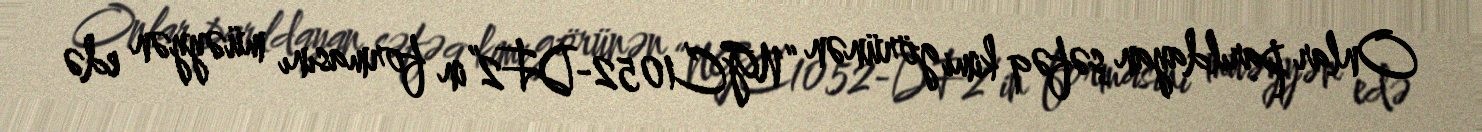
Onlar parıldayan şəfəq kimi görünən “NGC1052-DF2”in formasını müəyyən edə